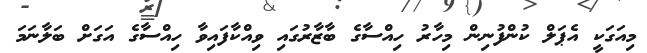
މިއަގަކީ އެޕަލް ކުންފުނިން މިހާރު ހިއްސާގެ ބާޒާރުގައި ވިއްކާފައިވާ ހިއްސާގެ އަގަށް ބަލާނަމަ